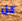
كل